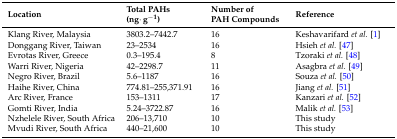
<table><thead><tr><td><b>Location</b></td><td><b>Total PAHs (ng·g<sup>−1</sup>)</b></td><td><b>Number of PAH Compounds</b></td><td><b>Reference</b></td></tr></thead><tbody><tr><td>Klang River, Malaysia</td><td>3803.2–7442.7</td><td>16</td><td>Keshavarifard <i>et al.</i> [1]</td></tr><tr><td>Donggang River, Taiwan</td><td>23–2534</td><td>16</td><td>Hsieh <i>et al.</i> [47]</td></tr><tr><td>Evrotas River, Greece</td><td>0.3–195.4</td><td>8</td><td>Tzoraki <i>et al.</i> [48]</td></tr><tr><td>Warri River, Nigeria</td><td>42–2298.7</td><td>11</td><td>Asagbra <i>et al.</i> [49]</td></tr><tr><td>Negro River, Brazil</td><td>5.6–1187</td><td>16</td><td>Souza <i>et al.</i> [50]</td></tr><tr><td>Haihe River, China</td><td>774.81–255,371.91</td><td>16</td><td>Jiang <i>et al.</i> [51]</td></tr><tr><td>Arc River, France</td><td>153–1311</td><td>17</td><td>Kanzari <i>et al.</i> [52]</td></tr><tr><td>Gomti River, India</td><td>5.24–3722.87</td><td>16</td><td>Malik <i>et al.</i> [53]</td></tr><tr><td>Nzhelele River, South Africa</td><td>206–13,710</td><td>10</td><td>This study</td></tr><tr><td>Mvudi River, South Africa</td><td>440–21,600</td><td>10</td><td>This study</td></tr></tbody></table>